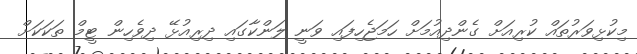
މިކުޅިވަރުތައް ކުރިއަށް ގެންދިއުމަށް ހަމަޖެހިފައި ވަނީ ލަންކާގައި ދިރިއުޅޭ ދިވެހިން ޓީމް ތަކަކަށް